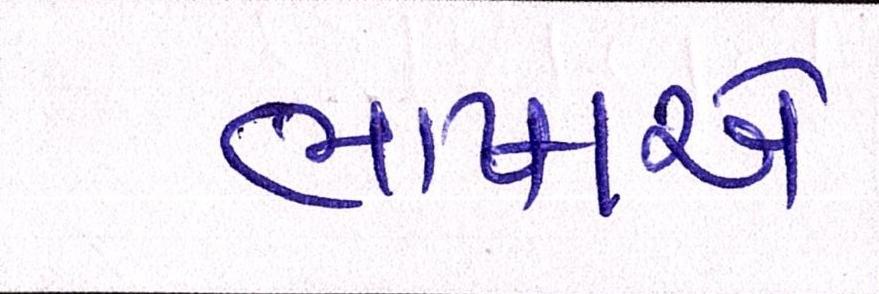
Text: ભાષાએ